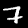
Label: 7